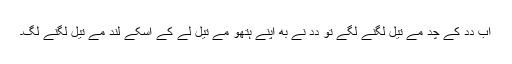
اَب دِدِ کے چُد مے تیل لگنے لگے تو دِدِ نے بھِ اَپنے ہتھو مے تیل لے کے اُسکے لُند مے تیل لگنے لگِ۔